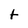
Character: t